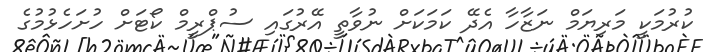
ކުރުމަކީ މަރިޔަމް ނަޒާހާ އެދޭ ކަމަކަށް ނުވާތީ އޭރުގައި ސުޕްރީމް ކޯޓަށް ހުށަހެޅުމުގެ